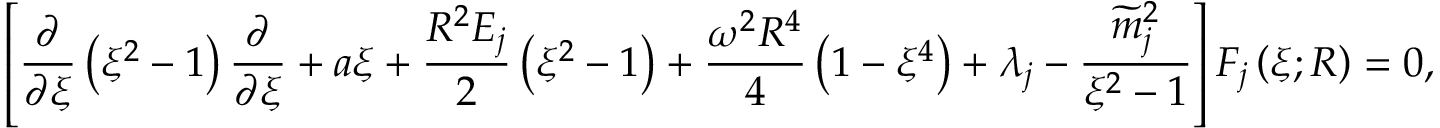
\left[ \frac { \partial } { \partial \xi } \left( \xi ^ { 2 } - 1 \right) \frac { \partial } { \partial \xi } + a \xi + \frac { R ^ { 2 } E _ { j } } { 2 } \left( \xi ^ { 2 } - 1 \right) + \frac { \omega ^ { 2 } R ^ { 4 } } { 4 } \left( 1 - \xi ^ { 4 } \right) + \lambda _ { j } - \frac { \widetilde { m } _ { j } ^ { 2 } } { \xi ^ { 2 } - 1 } \right] F _ { j } \left( \xi ; R \right) = 0 ,